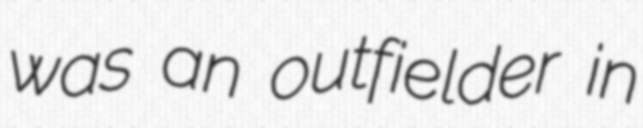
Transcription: was an outfielder in